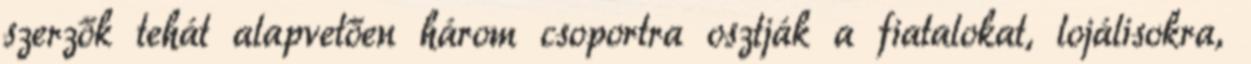
szerzők tehát alapvetően három csoportra osztják a fiatalokat, lojálisokra,